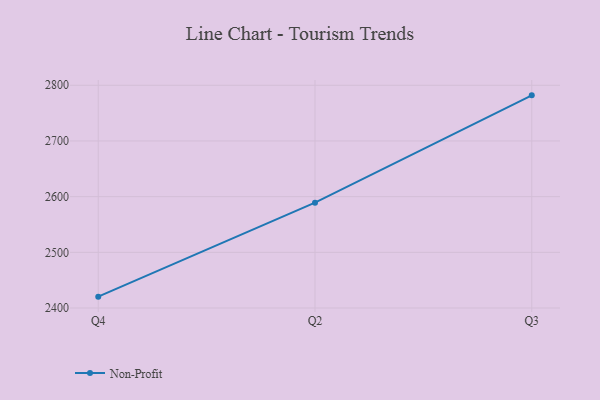
{"axis": {"x": "Quarter", "y": "Humidity (%)"}, "legend": ["Non-Profit"], "data": [{"x": "Q4", "y": 2420.4, "type": "Non-Profit"}, {"x": "Q2", "y": 2589.2, "type": "Non-Profit"}, {"x": "Q3", "y": 2781.9, "type": "Non-Profit"}]}